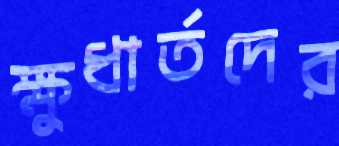
ক্ষুধার্তদের